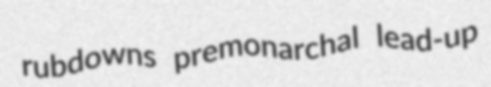
rubdowns premonarchal lead-up